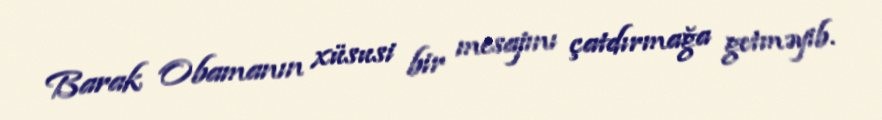
Barak Obamanın xüsusi bir mesajını çatdırmağa getməyib.